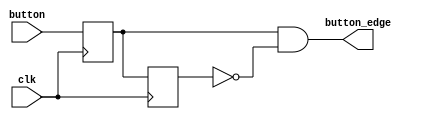
`timescale 1ns / 1ps
//////////////////////////////////////////////////////////////////////////////////
// Company: 
// Engineer: 
// 
// Design Name: 
// Module Name: sig_edge
// Project Name: 
// Target Devices: 
// Tool Versions: 
// Description: 
// 
// Dependencies: 
// 
// Revision:
// Revision 0.01 - File Created
// Additional Comments:
// 
//////////////////////////////////////////////////////////////////////////////////


module signal_edge(
input clk,
input button,
output button_edge);
reg button_r1,button_r2;
always@(posedge clk)
 button_r1 <= button;
always@(posedge clk)
 button_r2 <= button_r1;
assign button_edge = button_r1 & (~button_r2);
endmodule